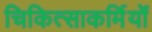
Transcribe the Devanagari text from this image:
चिकित्साकर्मियों